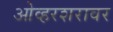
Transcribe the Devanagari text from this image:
ओव्हरशरावर